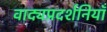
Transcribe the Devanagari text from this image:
वाद्यप्रदर्शनियाँ